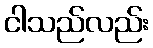
ငါသည်လည်း